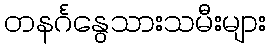
တနင်္ဂနွေသားသမီးများ